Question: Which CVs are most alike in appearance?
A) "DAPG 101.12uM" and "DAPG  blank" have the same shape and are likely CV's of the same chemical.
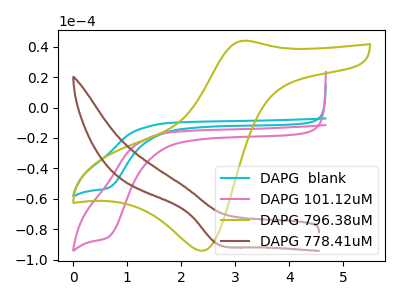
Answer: <think>The cyan curve "DAPG  blank" has a cathodic peak at: (0.65V, -52.65uA). The pink curve "DAPG 101.12uM" has a cathodic peak at: (0.65V, -84.95uA). The olive curve "DAPG 796.38uM" has an anodic peak at (3.15V, 43.90uA) and a cathodic peak at (2.40V, -94.10uA). The brown curve "DAPG 778.41uM" has a cathodic peak at: (2.65V, -89.50uA).
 All the peaks in "DAPG  blank" have a peak in "DAPG 101.12uM" at the same potential. Every peak in "DAPG  blank" is lower than every peak in "DAPG 101.12uM". "DAPG  blank" and "DAPG 796.38uM" have a different number of peaks. "DAPG  blank" and "DAPG 778.41uM" have at least one peak that do not match. "DAPG 101.12uM" and "DAPG 796.38uM" have a different number of peaks. "DAPG 101.12uM" and "DAPG 778.41uM" have at least one peak that do not match. "DAPG 796.38uM" and "DAPG 778.41uM" have a different number of peaks.</think>
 <answer>A) "DAPG 101.12uM" and "DAPG  blank" have the same shape and are likely CV's of the same chemical.</answer>
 <eval>A</eval>